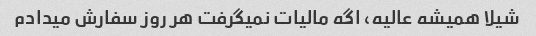
شیلا همیشه عالیه، اگه مالیات نمیگرفت هر روز سفارش میدادم